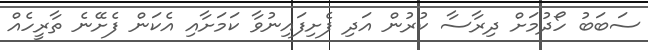
ސަބަބު ހޯދުމަށް ދިރާސާ ކުރުން އަދި ފެށިފައިނުވާ ކަމަށާއި އެކަން ފެށޭނެ ތާރީހެއް